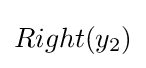
Right(y_{2})